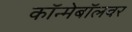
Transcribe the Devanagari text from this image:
कॉन्मेबॉलवर